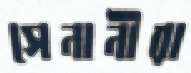
সেনানীরা